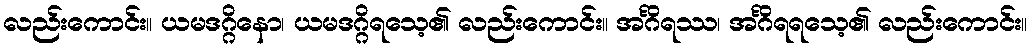
လည်းကောင်း။ ယမဒဂ္ဂိနော၊ ယမဒဂ္ဂိရသေ့၏ လည်းကောင်း။ အင်္ဂိရဿ၊ အင်္ဂိရရသေ့၏ လည်းကောင်း။